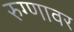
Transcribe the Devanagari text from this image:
रुग्णावर